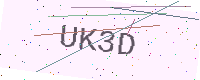
Text: UK3D